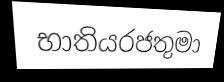
භාතියරජතුමා